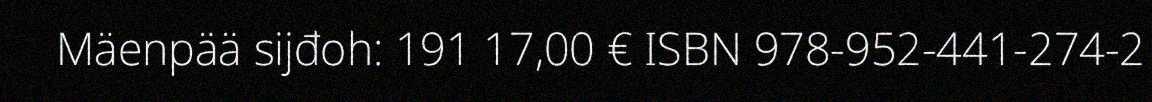
Mäenpää sijđoh: 191 17,00 € ISBN 978-952-441-274-2